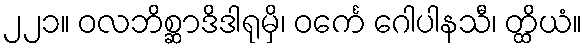
၂၂၁။ ဝလဘိစ္ဆာဒိဒါရုမှိ၊ ဝင်္ကေ ဂေါပါနသီ၊ တ္ထိယံ။